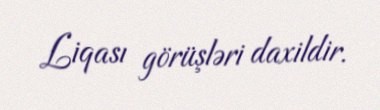
Liqası görüşləri daxildir.